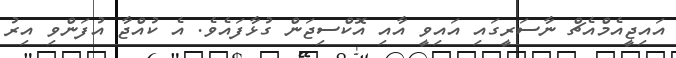
އައިޖީއެމްއެޗް ނާސަރީގައި އައިވީ އާއި އޮކްސިޖަން ގުޅާފައެވެ. އެ ކުއްޖާ އުފަންވި އިރު